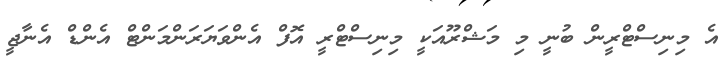
އެ މިނިސްޓްރީން ބުނީ މި މަޝްރޫއަކީ މިނިސްޓްރީ އޮފް އެންވަޔަރަންމަންޓް އެންޑް އެނާޖީ